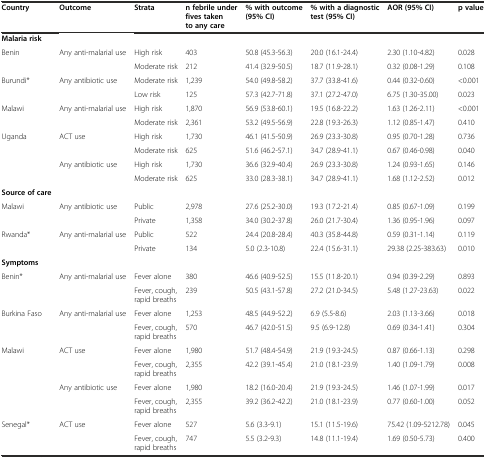
<table><thead><tr><td><b>Country</b></td><td><b>Outcome</b></td><td><b>Strata</b></td><td><b>n febrile under fives taken to any care</b></td><td><b>% with outcome (95% CI)</b></td><td><b>% with a diagnostic test (95% CI)</b></td><td><b>AOR (95% CI)</b></td><td><b>p value</b></td></tr></thead><tbody><tr><td><b>Malaria risk</b></td><td></td><td></td><td></td><td></td><td></td><td></td><td></td></tr><tr><td>Benin</td><td>Any anti-malarial use</td><td>High risk</td><td>403</td><td>50.8 (45.3-56.3)</td><td>20.0 (16.1-24.4)</td><td>2.30 (1.10-4.82)</td><td>0.028</td></tr><tr><td></td><td></td><td>Moderate risk</td><td>212</td><td>41.4 (32.9-50.5)</td><td>18.7 (11.9-28.1)</td><td>0.32 (0.08-1.29)</td><td>0.108</td></tr><tr><td>Burundi*</td><td>Any antibiotic use</td><td>Moderate risk</td><td>1,239</td><td>54.0 (49.8-58.2)</td><td>37.7 (33.8-41.6)</td><td>0.44 (0.32-0.60)</td><td>&lt;0.001</td></tr><tr><td></td><td></td><td>Low risk</td><td>125</td><td>57.3 (42.7-71.8)</td><td>37.1 (27.2-47.0)</td><td>6.75 (1.30-35.00)</td><td>0.023</td></tr><tr><td>Malawi</td><td>Any anti-malarial use</td><td>High risk</td><td>1,870</td><td>56.9 (53.8-60.1)</td><td>19.5 (16.8-22.2)</td><td>1.63 (1.26-2.11)</td><td>&lt;0.001</td></tr><tr><td></td><td></td><td>Moderate risk</td><td>2,361</td><td>53.2 (49.5-56.9)</td><td>22.8 (19.3-26.3)</td><td>1.12 (0.85-1.47)</td><td>0.410</td></tr><tr><td>Uganda</td><td>ACT use</td><td>High risk</td><td>1,730</td><td>46.1 (41.5-50.9)</td><td>26.9 (23.3-30.8)</td><td>0.95 (0.70-1.28)</td><td>0.736</td></tr><tr><td></td><td></td><td>Moderate risk</td><td>625</td><td>51.6 (46.2-57.1)</td><td>34.7 (28.9-41.1)</td><td>0.67 (0.46-0.98)</td><td>0.040</td></tr><tr><td></td><td>Any antibiotic use</td><td>High risk</td><td>1,730</td><td>36.6 (32.9-40.4)</td><td>26.9 (23.3-30.8)</td><td>1.24 (0.93-1.65)</td><td>0.146</td></tr><tr><td></td><td></td><td>Moderate risk</td><td>625</td><td>33.0 (28.3-38.1)</td><td>34.7 (28.9-41.1)</td><td>1.68 (1.12-2.52)</td><td>0.012</td></tr><tr><td><b>Source of care</b></td><td></td><td></td><td></td><td></td><td></td><td></td><td></td></tr><tr><td>Malawi</td><td>Any antibiotic use</td><td>Public</td><td>2,978</td><td>27.6 (25.2-30.0)</td><td>19.3 (17.2-21.4)</td><td>0.85 (0.67-1.09)</td><td>0.199</td></tr><tr><td></td><td></td><td>Private</td><td>1,358</td><td>34.0 (30.2-37.8)</td><td>26.0 (21.7-30.4)</td><td>1.36 (0.95-1.96)</td><td>0.097</td></tr><tr><td>Rwanda*</td><td>Any anti-malarial use</td><td>Public</td><td>522</td><td>24.4 (20.8-28.4)</td><td>40.3 (35.8-44.8)</td><td>0.59 (0.31-1.14)</td><td>0.119</td></tr><tr><td></td><td></td><td>Private</td><td>134</td><td>5.0 (2.3-10.8)</td><td>22.4 (15.6-31.1)</td><td>29.38 (2.25-383.63)</td><td>0.010</td></tr><tr><td><b>Symptoms</b></td><td></td><td></td><td></td><td></td><td></td><td></td><td></td></tr><tr><td>Benin*</td><td>Any anti-malarial use</td><td>Fever alone</td><td>380</td><td>46.6 (40.9-52.5)</td><td>15.5 (11.8-20.1)</td><td>0.94 (0.39-2.29)</td><td>0.893</td></tr><tr><td></td><td></td><td>Fever, cough, rapid breaths</td><td>239</td><td>50.5 (43.1-57.8)</td><td>27.2 (21.0-34.5)</td><td>5.48 (1.27-23.63)</td><td>0.022</td></tr><tr><td>Burkina Faso</td><td>Any anti-malarial use</td><td>Fever alone</td><td>1,253</td><td>48.5 (44.9-52.2)</td><td>6.9 (5.5-8.6)</td><td>2.03 (1.13-3.66)</td><td>0.018</td></tr><tr><td></td><td></td><td>Fever, cough, rapid breaths</td><td>570</td><td>46.7 (42.0-51.5)</td><td>9.5 (6.9-12.8)</td><td>0.69 (0.34-1.41)</td><td>0.304</td></tr><tr><td>Malawi</td><td>ACT use</td><td>Fever alone</td><td>1,980</td><td>51.7 (48.4-54.9)</td><td>21.9 (19.3-24.5)</td><td>0.87 (0.66-1.13)</td><td>0.298</td></tr><tr><td></td><td></td><td>Fever, cough, rapid breaths</td><td>2,355</td><td>42.2 (39.1-45.4)</td><td>21.0 (18.1-23.9)</td><td>1.40 (1.09-1.79)</td><td>0.008</td></tr><tr><td></td><td>Any antibiotic use</td><td>Fever alone</td><td>1,980</td><td>18.2 (16.0-20.4)</td><td>21.9 (19.3-24.5)</td><td>1.46 (1.07-1.99)</td><td>0.017</td></tr><tr><td></td><td></td><td>Fever, cough, rapid breaths</td><td>2,355</td><td>39.2 (36.2-42.2)</td><td>21.0 (18.1-23.9)</td><td>0.77 (0.60-1.00)</td><td>0.052</td></tr><tr><td>Senegal*</td><td>ACT use</td><td>Fever alone</td><td>527</td><td>5.6 (3.3-9.1)</td><td>15.1 (11.5-19.6)</td><td>75.42 (1.09-5212.78)</td><td>0.045</td></tr><tr><td></td><td></td><td>Fever, cough, rapid breaths</td><td>747</td><td>5.5 (3.2-9.3)</td><td>14.8 (11.1-19.4)</td><td>1.69 (0.50-5.73)</td><td>0.400</td></tr></tbody></table>